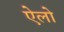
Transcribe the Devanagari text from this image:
ऐलो